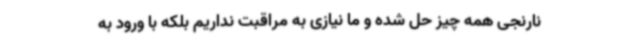
نارنجی همه چیز حل شده و ما نیازی به مراقبت نداریم بلکه با ورود به